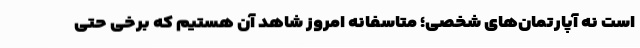
است نه آپارتمان‌های شخصی؛ متاسفانه امروز شاهد آن هستیم که برخی حتی